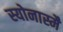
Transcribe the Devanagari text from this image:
स्योनास्मै